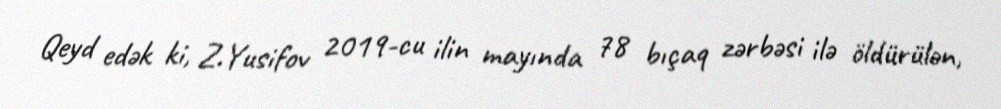
Qeyd edək ki, Z.Yusifov 2019-cu ilin mayında 78 bıçaq zərbəsi ilə öldürülən,